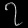
Digit: ၇